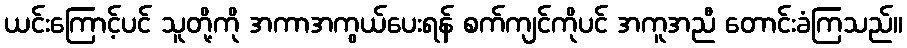
ယင်းကြောင့်ပင် သူတို့ကို အကာအကွယ်ပေးရန် စက်ကျင်ကိုပင် အကူအညီ တောင်းခံကြသည်။